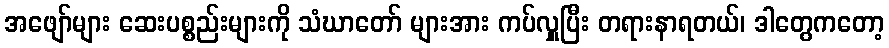
အဖျော်များ ဆေးပစ္စည်းများကို သံဃာတော် များအား ကပ်လှူပြီး တရားနာရတယ်၊ ဒါတွေကတော့